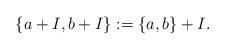
LaTeX: \begin{align*}\{a+I,b+I\} := \{a,b\} + I.\end{align*}